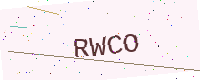
Text: RWCO